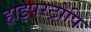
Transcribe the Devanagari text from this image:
हाइपरट्रोपि